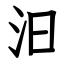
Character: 汩